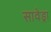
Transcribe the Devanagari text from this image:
सावेड्रा